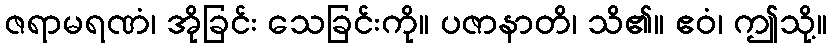
ဇရာမရဏံ၊ အိုခြင်း သေခြင်းကို။ ပဇာနာတိ၊ သိ၏။ ဧဝံ၊ ဤသို့။